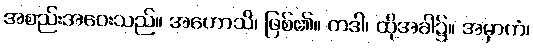
အစည်းအဝေးသည်။ အဟောသိ၊ ဖြစ်၏။ တဒါ၊ ထိုအခါ၌။ အမှာကံ၊